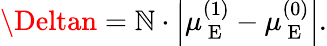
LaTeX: \Deltan=\mathbb{N}\cdot\left|\mu_{\mathrm{{~E~}}}^{(1)}-\mu_{\mathrm{{~E~}}}^{(0)}\right|.